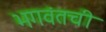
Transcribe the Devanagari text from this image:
भगवंतची